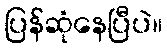
ပြန်ဆုံနေပြီပဲ။